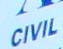
civil